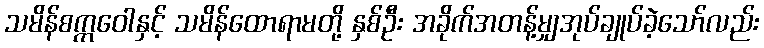
သမိန်စက္ကဝေါနှင့် သမိန်ထောရာမတို့ နှစ်ဦး အခိုက်အတန့်မျှအုပ်ချုပ်ခဲ့သော်လည်း